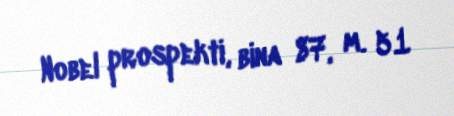
Nobel prospekti, bina 87, m. 51